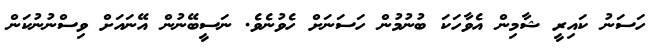
ހަސަނު ކައިރީ ޝާމިން އެވާހަކަ ބުނުމުން ހަސަނަށް ހެވުނެވެ. ނަސީބޭނުން އޭނައަށް ވިސްނުނުކަން